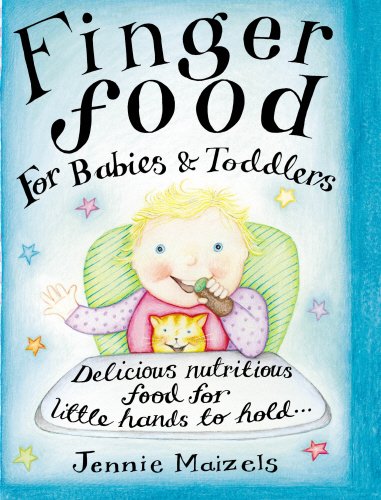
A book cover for Finger Food for Babies & Toddlers: Delicious Nutritious Food for Little Hands to Hold; Jennie Maizels; Cookbooks, Food & Wine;